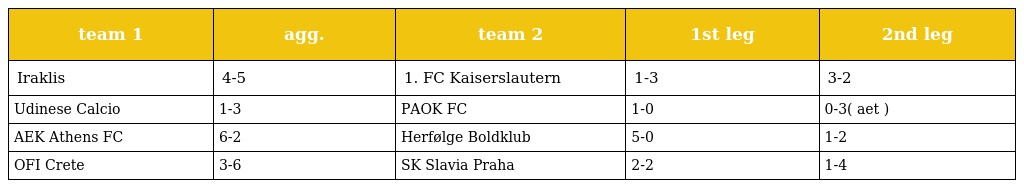
| team 1 | agg. | team 2 | 1st leg | 2nd leg |
 | --- | --- | --- | --- | --- |
 | Iraklis | 4-5 | 1. FC Kaiserslautern | 1-3 | 3-2 |
 | Udinese Calcio | 1-3 | PAOK FC | 1-0 | 0-3( aet ) |
 | AEK Athens FC | 6-2 | Herfølge Boldklub | 5-0 | 1-2 |
 | OFI Crete | 3-6 | SK Slavia Praha | 2-2 | 1-4 |